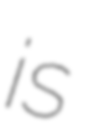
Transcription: is